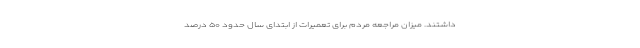
داشتند. میزان مراجعه مردم برای تعمیرات از ابتدای سال حدود ۵۰ درصد